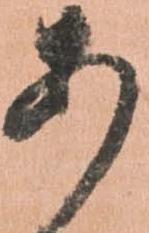
あ